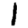
Digit: 1